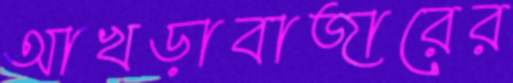
আখড়াবাজারের